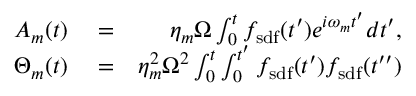
\begin{array} { r l r } { A _ { m } ( t ) } & { { } = } & { \eta _ { m } \Omega \int _ { 0 } ^ { t } f _ { \mathrm { s d f } } ( t ^ { \prime } ) e ^ { i \omega _ { m } t ^ { \prime } } d t ^ { \prime } , } \\ { \Theta _ { m } ( t ) } & { { } = } & { \eta _ { m } ^ { 2 } \Omega ^ { 2 } \int _ { 0 } ^ { t } \int _ { 0 } ^ { t ^ { \prime } } f _ { \mathrm { s d f } } ( t ^ { \prime } ) f _ { \mathrm { s d f } } ( t ^ { \prime \prime } ) } \end{array}